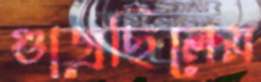
গুজ্‌রেছিলেম